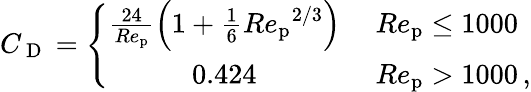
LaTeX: C_{\mathrm{~D~}}=\left\{ \begin{array}{cl}{\frac{24}{Re_{\mathrm{p}}}\left(1+\frac{1}{6}{Re_{\mathrm{p}}}^{2/3}\right)}&{\ {Re_{\mathrm{p}}}\leq 1000}\\ {0.424}&{\ {Re_{\mathrm{p}}}>1000\, ,}\end{array}\right.